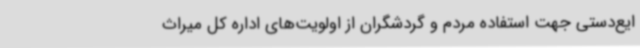
ایع‌دستی جهت استفاده مردم و گردشگران از اولویت‌های اداره کل میراث